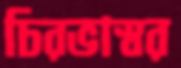
চিরভাস্বর